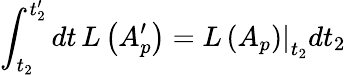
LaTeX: \int_{t_{2}}^{t_{2}^{\prime}}dt\, L\left(A_{p}^{\prime}\right)=\left.L\left(A_{p}\right)\right|_{t_{2}}dt_{2}